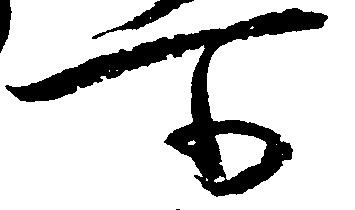
所